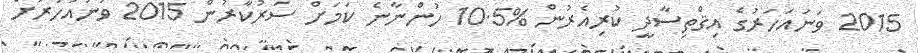
2015 ވަނައަހަރުގެ އިޤްތިސާދީ ކުރިއެރުން %10.5 ހުންނާނެ ކަމަށް ސަރުކާރުން 2015 ވަނައަހަރަށް